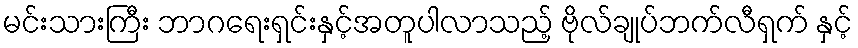
မင်းသားကြီး ဘာဂရေးရှင်းနှင့်အတူပါလာသည့် ဗိုလ်ချုပ်ဘက်လီရှက် နှင့်